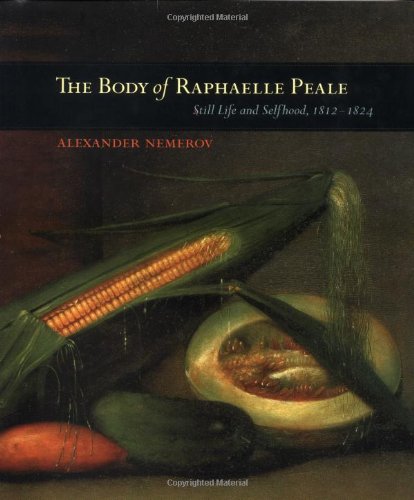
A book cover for The Body of RaphÃ¦lle Peale: Still Life and Selfhood, 1812-1824 (Ahmanson Murphy Fine Arts Imprint); Alexander Nemerov; Arts & Photography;